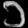
Digit: ၁